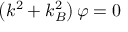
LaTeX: \left( k ^ { 2 } + k _ { B } ^ { 2 } \right) \varphi = 0